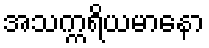
အသက္ကရိယမာနော